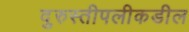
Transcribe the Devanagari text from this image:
दुरुस्तीपलीकडील